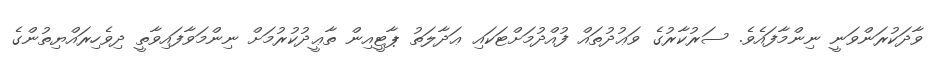
ވާދަކުރަންވަނީ ނިންމާފައެވެ. ސަރުކާރުގެ ވަޢުދުތައް ފުއްދުމަށްޓަކައި ޢަދާލަތު ޕާޓީއިން ތާޢީދުކުރުމަށް ނިންމަވާފައިވާތީ ދިވެހިރައްޔިތުންގެ